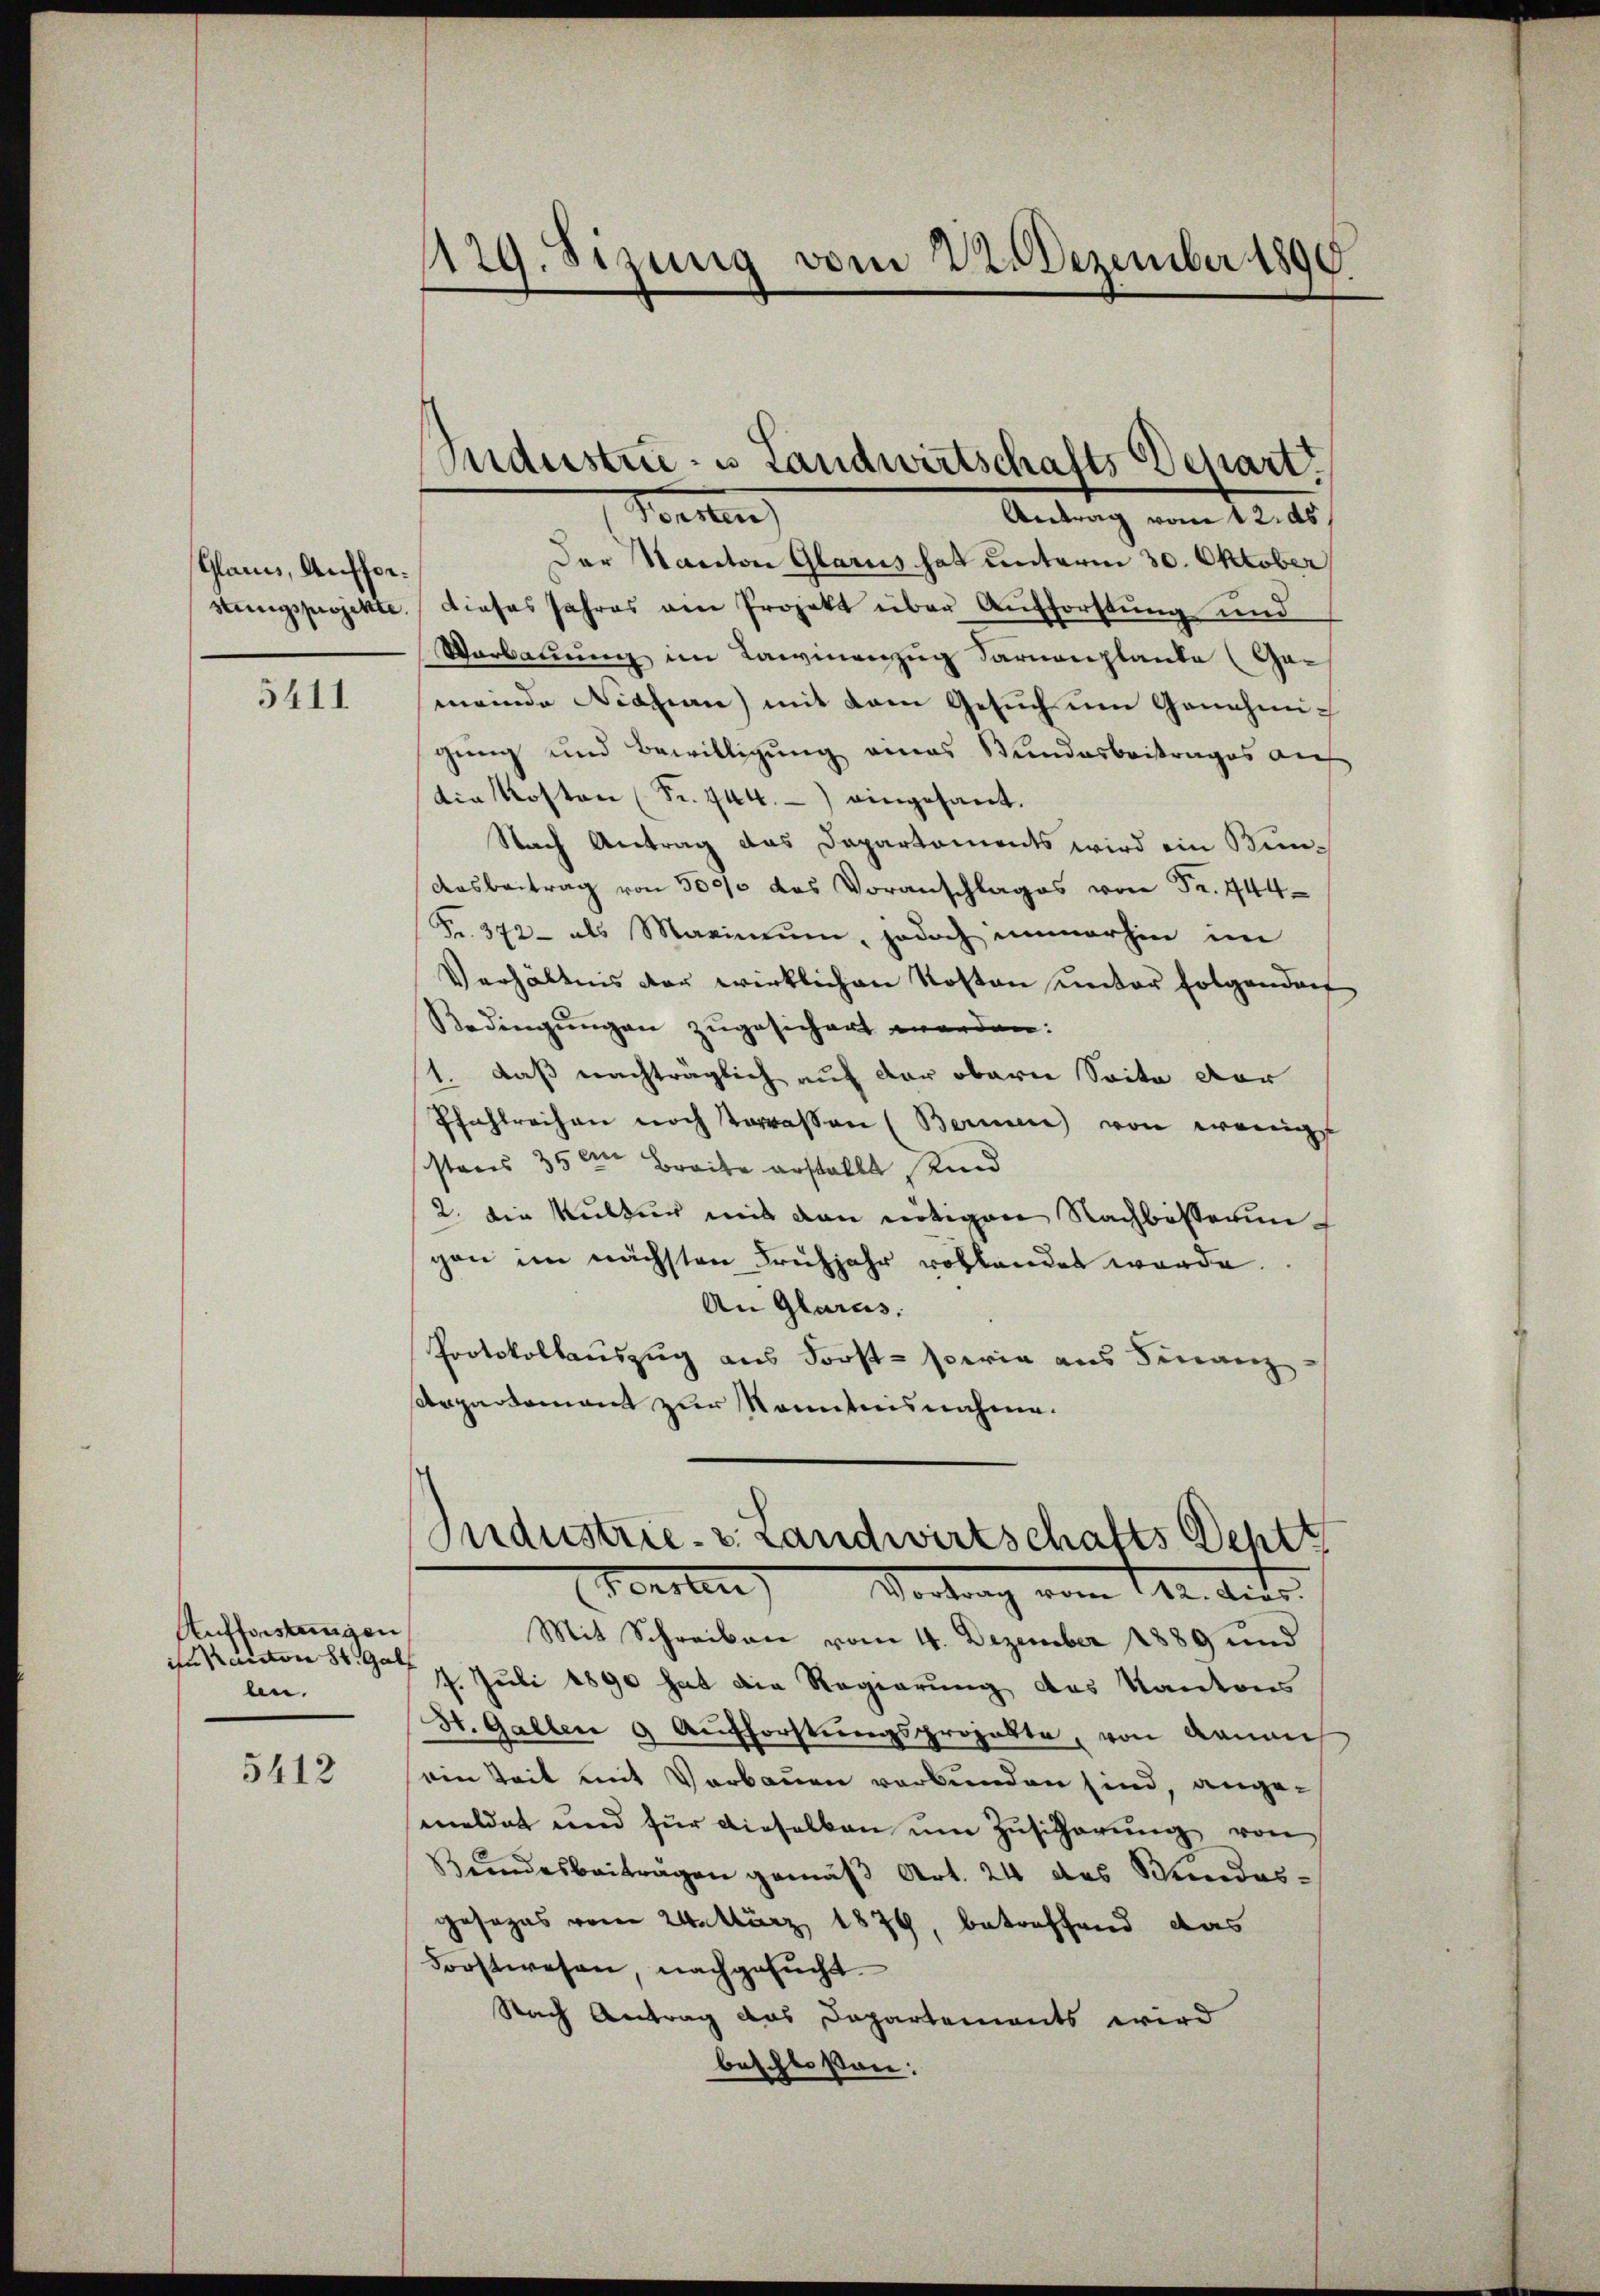
Glarus, Auffor¬

5411

Aufforstungen
in Kanton St. Gall
bn.

5412

Forsten)
Antrag vom 12. ds.
Der Manton Glarus hat unterm 30. Oktober
stungsprojekte. Dieses Jahres am Projekt über Aufforstung und
Verbauung im Lawinenzug Sarnenplante (Gameinde Nation) mit dem Gesuch um Genehmigung und Bewilligung eines Bundesbeitrages auf
die Kosten (Fr. 744.) eingesant.
Nach Antrag das Departaments wird ein Bun¬
Aasbeitrag von 500/0 das Voranschlages von Fr. 444
Fr. 372 - als Maximum, jedoch immerhin im
Verhältnis der wirklichen Kosten unter folgendorf
Bedingungen zugesichert worden:
1. daß nachträglich auf der obern Seite dor
Pfahlreihen noch terrassen (Berner von wenig
stens 35 im Breite erstellt sind
2. die Kultur mit den nötigen Nachbesserungen im nächsten Frühjahr vollendet werde.
An Glarus.
Protokollauszug aus Forst- sowie aus Finanz
Departement zur Kenntnisnahme.

1129. Sizung vom 22. Dezember 1890.

Industrie- u Landwirtschafts Depart.

Mit Schreiben vom 4. Dezember 1889 und
7. Juli 1890 hat die Regierung des Kantons
St. Gallen 9. Aufforstŭngsprojekte, von kann
ein Zeit mit Vorbauen verbunden sind, angemeldet und für dieselben um Zusicherung von
Bundesbeiträgen gemäβ Art. 24 des Stundesgesezes vom 24. März 1879, betreffend das
Forstwesen, nachgesucht.
Nach Antrag das Dapartements wird
beschloßen:

Industrie- v. Landwirtschafts Deptt
Fensten) Vertrag vom 18. Austr.